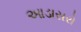
આડાસરો